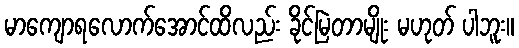
မာကျောရလောက်အောင်ထိလည်း ခိုင်မြဲတာမျိုး မဟုတ် ပါဘူး။